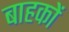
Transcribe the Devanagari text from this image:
बाहकों